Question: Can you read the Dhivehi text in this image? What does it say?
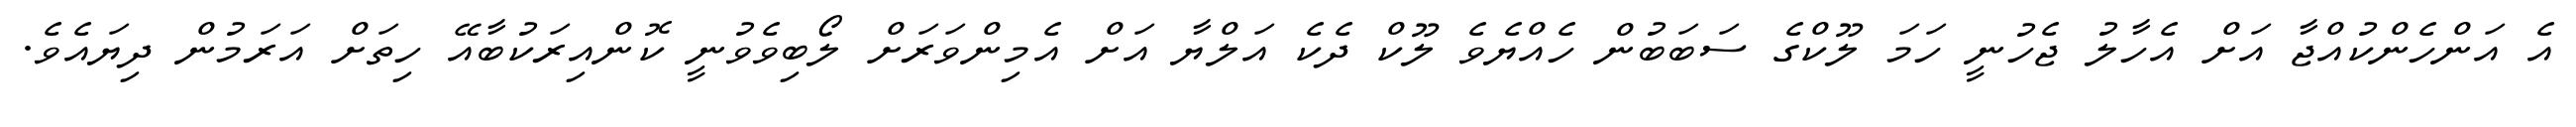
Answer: އެ އަންހެންކުއްޖާ އަށް އެހާލު ޖެހުނީ ހަމަ ލޫކްގެ ސަބަބުން ހެއްޔެވެ ލޫކް ދެކެ އަލްޔާ އަށް އެމިންވަރަށް ލޯބިވެވުނީ ކޮންއިރަކުބާއޭ ހިތަށް އަރަމުން ދިޔައެވެ.